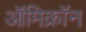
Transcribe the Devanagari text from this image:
ऑमिक्रॉन